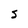
Character: S